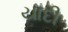
યાદી